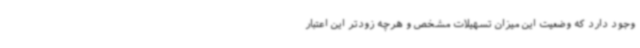
وجود دارد که وضعیت این میزان تسهیلات مشخص و هرچه زودتر این اعتبار